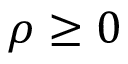
\rho \ge 0